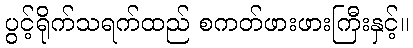
ပွင့်ရိုက်သရက်ထည် စကတ်ဖားဖားကြီးနှင့်။